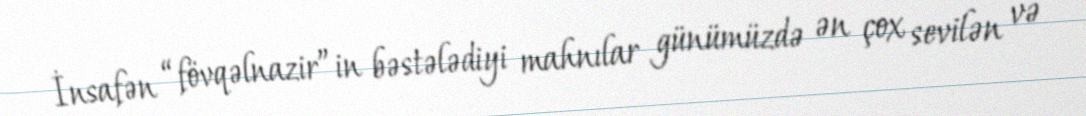
İnsafən “fövqəlnazir”in bəstələdiyi mahnılar günümüzdə ən çox sevilən və